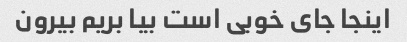
اینجا جای خوبی است بیا بریم بیرون